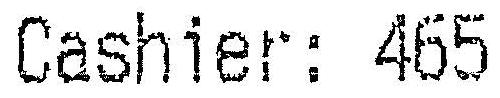
CASHIER: 465